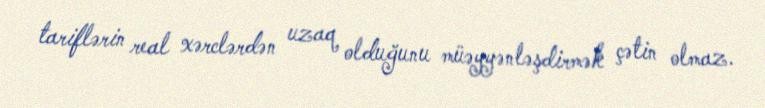
tariflərin real xərclərdən uzaq olduğunu müəyyənləşdirmək çətin olmaz.